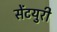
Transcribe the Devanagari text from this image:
सेंटयुरी